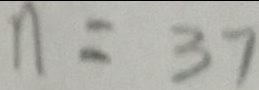
n = 3 7